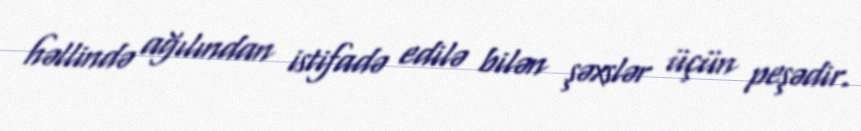
həllində ağılından istifadə edilə bilən şəxslər üçün peşədir.